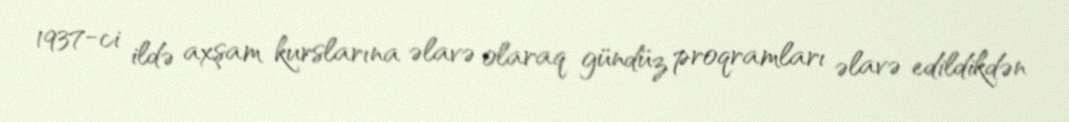
1937-ci ildə axşam kurslarına əlavə olaraq gündüz proqramları əlavə edildikdən